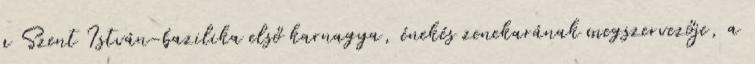
a Szent István-bazilika első karnagya, énekés zenekarának megszervezője, a